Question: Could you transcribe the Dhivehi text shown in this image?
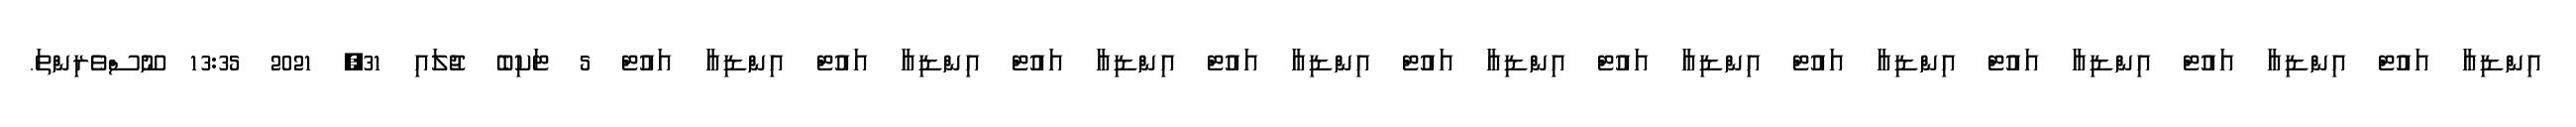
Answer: އިންޑިއާ އައުޓް އިންޑިއާ އައުޓް އިންޑިއާ އައުޓް އިންޑިއާ އައުޓް އިންޑިއާ އައުޓް އިންޑިއާ އައުޓް އިންޑިއާ އައުޓް އިންޑިއާ އައުޓް އިންޑިއާ އައުޓް އިންޑިއާ އައުޓް 5 ޓަކިބެ ޖުލައި 31, 2021 13:35 ނޫސްވެރިންތަ.